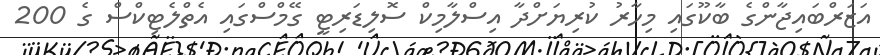
އަޒަރްބައިޖާންގެ ބާކޫގައި މިހާރު ކުރިޔަށްދާ އިސްލާމިކް ސޮލިޑަރިޓީ ގޭމްސްގައި އެތްލެޓިކްސް ގެ 200